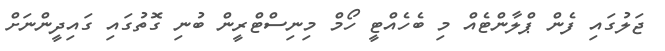
ޖަލުގައި ފެން ޕްލާންޓެއް މި ބެހެއްޓީ ހޯމް މިނިސްޓްރީން ބުނި ގޮތުގައި ގައިދީންނަށް